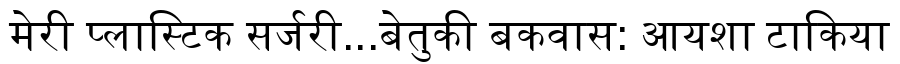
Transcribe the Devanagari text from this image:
मेरी प्लास्टिक सर्जरी...बेतुकी बकवास: आयशा टाकिया